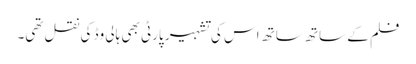
فلم کے ساتھ ساتھ اس کی تشہیر پارٹی بھی ہالی وڈ کی نقل تھی۔